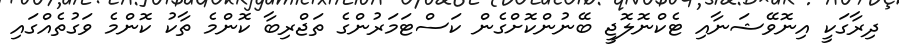
ދިރާގަކީ އިނޮވޭޝަނާއި ޓެކްނޮލޮޖީ ބޭނުންކޮށްގެން ކަސްޓަމަރުންގެ ތަޖްރިބާ ކޮންމެ ތާކު ކޮންމެ ވަގުތެއްގައި